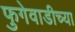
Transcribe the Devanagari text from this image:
फुगेवाडीच्या